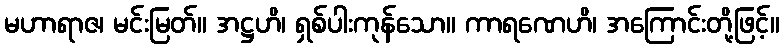
မဟာရာဇ၊ မင်းမြတ်။ အဋ္ဌဟိ၊ ရှစ်ပါးကုန်သော။ ကာရဏေဟိ၊ အကြောင်းတို့ဖြင့်။